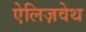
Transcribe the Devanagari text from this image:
ऐलिज़वेथ